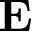
\mathbf { E }